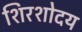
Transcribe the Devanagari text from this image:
शिरशोदय